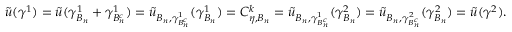
\tilde { u } ( \gamma ^ { 1 } ) = \tilde { u } ( \gamma _ { B _ { n } } ^ { 1 } + \gamma _ { B _ { n } ^ { c } } ^ { 1 } ) = \tilde { u } _ { B _ { n } , \gamma _ { B _ { n } ^ { c } } ^ { 1 } } ( \gamma _ { B _ { n } } ^ { 1 } ) = C _ { \eta , B _ { n } } ^ { k } = \tilde { u } _ { B _ { n } , \gamma _ { B _ { n } ^ { c } } ^ { 1 } } ( \gamma _ { B _ { n } } ^ { 2 } ) = \tilde { u } _ { B _ { n } , \gamma _ { B _ { n } ^ { c } } ^ { 2 } } ( \gamma _ { B _ { n } } ^ { 2 } ) = \tilde { u } ( \gamma ^ { 2 } ) .